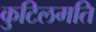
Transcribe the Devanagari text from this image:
कुटिलमति